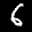
Label: 6